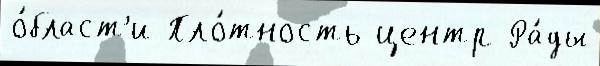
о́бласт'и Пло́тность центр Ра́ды